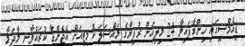
ޑީއެމްސީގައި ހިންގާފައިވާ 24 މިލިއަން ރުފިޔާގެ މައްސަލަ ކޮމިޓީއަށް އެޖެންޑާ ކުރައްވާނީ މާދަމާ